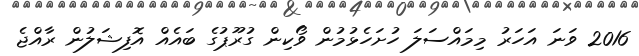
2016 ވަނަ އަހަރު މިމައްސަލަ ހުށަހެޅުމުން ވޯކިން ގުރޫޕުގެ ބައެއް އޮފިޝަލުން ރާއްޖެ